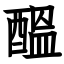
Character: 醞